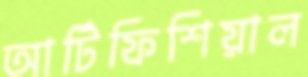
আর্টিফিশিয়াল